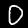
Label: 0